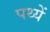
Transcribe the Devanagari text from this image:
पथ्यें